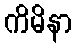
ကိမိနာ